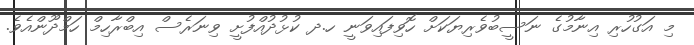
މި އަގުހުރި އިނާމުގެ ނަސީބުވެރިޔަކަށް ހޮވިފައިވަނީ ހ.ދ ކުޅުދުއްފުށީ ވިނަރެސް އިބްރާހިމް ހަމްދޫންއެވެ.